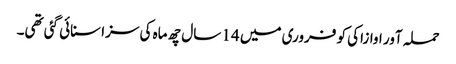
حملہ آور اوازاکی کو فروری میں 14 سال چھ ماہ کی سزا سنائی گئی تھی۔